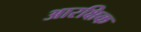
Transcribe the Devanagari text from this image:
आरक्षिक